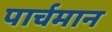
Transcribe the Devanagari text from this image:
पार्चमान